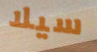
سيلا